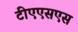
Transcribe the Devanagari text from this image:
टीएएसएस